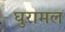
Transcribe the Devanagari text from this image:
घुरामल